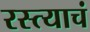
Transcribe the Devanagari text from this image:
रस्त्याचं